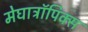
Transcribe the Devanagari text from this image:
मेघाट्रॉपिक्स